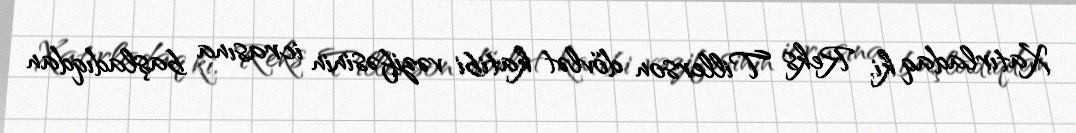
Xatırladaq ki, Reks Tillerson dövlət katibi vəzifəsinin icrasına başladıqdan